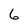
Character: 6